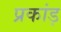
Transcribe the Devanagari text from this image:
प्रकांड़